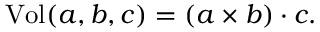
\mathrm { V o l } ( a , b , c ) = ( a \times b ) \cdot c .